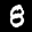
Label: 8